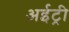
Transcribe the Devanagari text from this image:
अईट्री